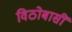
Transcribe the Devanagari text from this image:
विठोबासीं